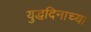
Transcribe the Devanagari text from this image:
युद्धदिनाच्या